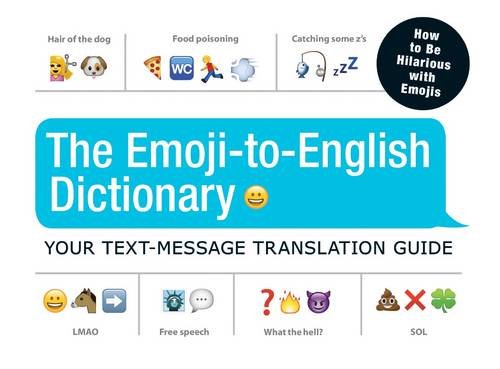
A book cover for The Emoji-To-English Dictionary: Your Text-Message Translation Guide; Adams Media; Reference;